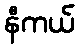
နီကယ်